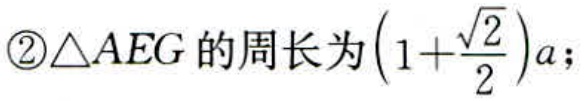
\textcircled{2}$\triangle AEG$的周长为$\left(1 + \dfrac{\sqrt{2}}{2}\right)a$；